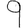
Digit: 9